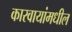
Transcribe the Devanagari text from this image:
कारवायांमधील